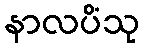
နာလပိံသု